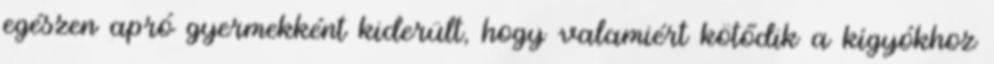
egészen apró gyermekként kiderült, hogy valamiért kötődik a kígyókhoz